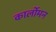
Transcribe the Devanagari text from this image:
कार्लोमन